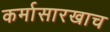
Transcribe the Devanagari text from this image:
कर्मासारखाच